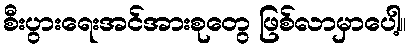
စီးပွားရေးအင်အားစုတွေ ဖြစ်လာမှာပေါ့။